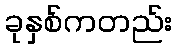
ခုနှစ်ကတည်း